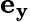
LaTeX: \mathbf{e_{y}}